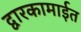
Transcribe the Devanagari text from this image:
द्वारकामाईत